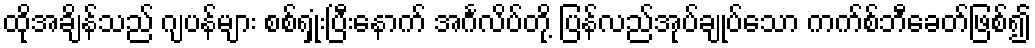
ထိုအချိန်သည် ဂျပန်များ စစ်ရှုံးပြီးနောက် အင်္ဂလိပ်တို့ ပြန်လည်အုပ်ချုပ်သော ကက်စ်ဘီခေတ်ဖြစ်၍